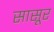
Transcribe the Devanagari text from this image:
सासूर